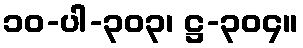
၁၀-ပါ-၃၀၃၊ ဋ္ဌ-၃၀၄။